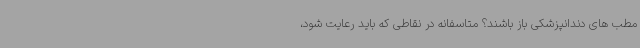
مطب های دندانپزشکی باز باشند؟ متاسفانه در نقاطی که باید رعایت شود،